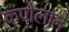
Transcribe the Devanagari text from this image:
कपोलाने